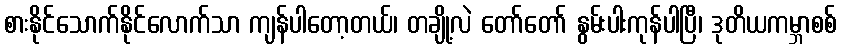
စားနိုင်သောက်နိုင်လောက်သာ ကျန်ပါတော့တယ်၊ တချို့လဲ တော်တော် နွမ်းပါးကုန်ပါပြီ၊ ဒုတိယကမ္ဘာစစ်